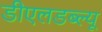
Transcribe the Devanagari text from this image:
डीएलडब्ल्यू